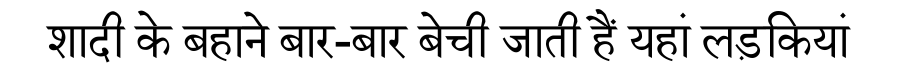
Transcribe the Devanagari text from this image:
शादी के बहाने बार-बार बेची जाती हैं यहां लड़कियां